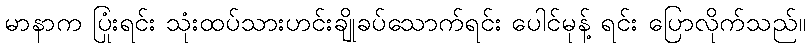
မာနာက ပြုံးရင်း သုံးထပ်သားဟင်းချိုခပ်သောက်ရင်း ပေါင်မုန့် ရင်း ပြောလိုက်သည်။